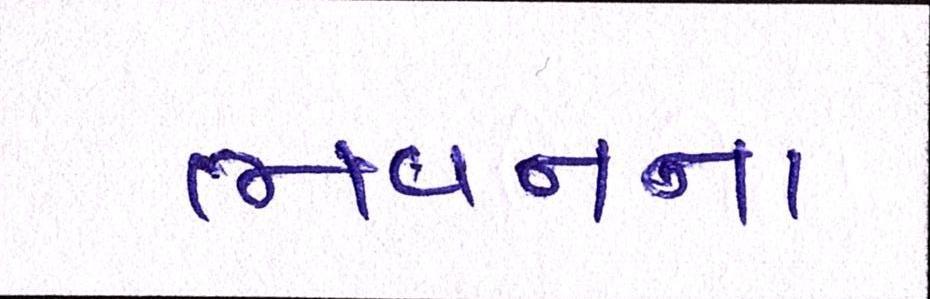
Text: ભવનના